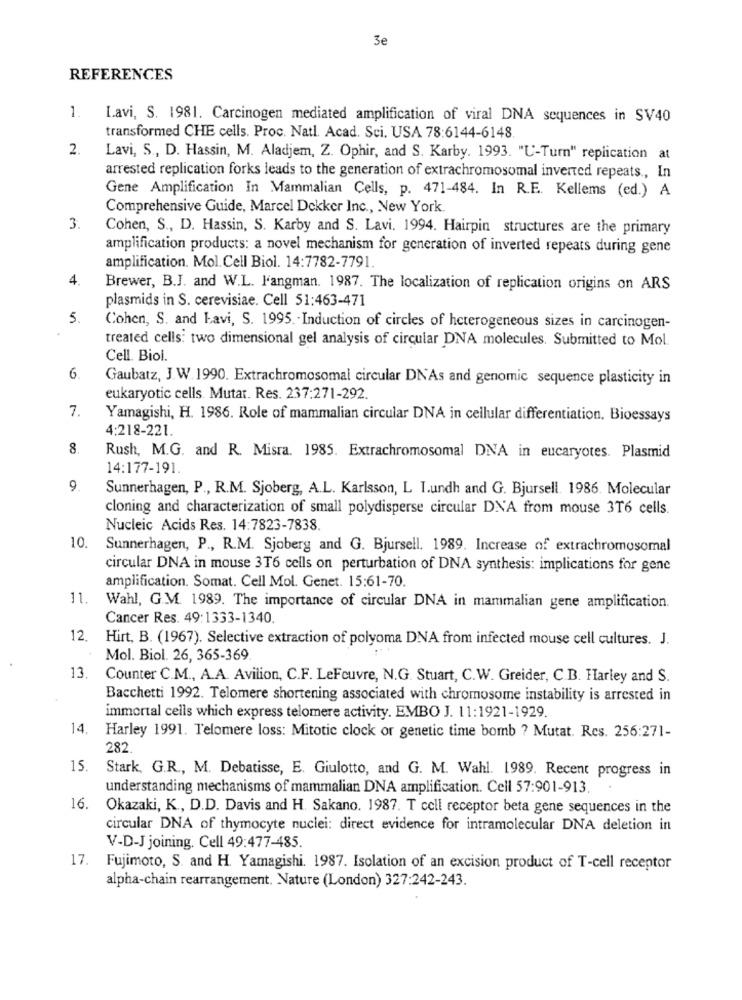
3e
REFERENCES
1.
Lavi, S. 1981. Carcinogen mediated amplification of viral DNA sequences in SV40
transformed CHE cells. Proc. Natl. Acad. Sci. USA 78:6144-6148
2.
Lavi, S ., D. Hassin, M. Aladjem, Z. Ophir, and S. Karby. 1993. "U-Turn" replication at
arrested replication forks leads to the generation of extrachromosomal inverted repeats ., In
Gene Amplification In Mammalian Cells, p. 471-484. In R.E. Kellems (ed.) A
Comprehensive Guide, Marcel Dekker Inc ., New York.
3.
Cohen, S ., D. Hassin, S. Karby and S. Lavi. 1994. Hairpin structures are the primary
amplification products: a novel mechanism for generation of inverted repeats during gene
amplification. Mol. Cell Biol. 14:7782-7791.
4.
Brewer, B.J. and W.L. l'angman. 1987. The localization of replication origins on ARS
plasmids in S. cerevisiae. Cell 51:463-471
5.
Cohen, S. and Lavi, S. 1995. Induction of circles of heterogeneous sizes in carcinogen-
treated cells: two dimensional gel analysis of circular DNA molecules. Submitted to Mol.
Cell. Biol.
6
Gaubatz, J.W.1990. Extrachromosomal circular DNAs and genomic sequence plasticity in
eukaryotic cells. Mutat. Res. 237:271-292.
7.
Yamagishi, H. 1986. Role of mammalian circular DNA in cellular differentiation. Bioessays
4:218-221.
8.
Rush, M.G. and R. Misra. 1985. Extrachromosomal DNA in eucaryotes. Plasmid
14:177-191.
9.
Sunnerhagen, P ., R.M. Sjoberg, A.L. Karlsson, L Lundh and G. Bjursell. 1986. Molecular
cloning and characterization of small polydisperse circular DNA from mouse 3T6 cells.
Nucleic Acids Res. 14:7823-7838.
10
Sunnerhagen, P ., R.M. Sjoberg and G. Bjursell. 1989. Increase of extrachromosomal
circular DNA in mouse 3T6 cells on perturbation of DNA synthesis: implications for gene
amplification. Somat. Cell Mol. Genet. 15:61-70.
11
Wahl, G.M. 1989. The importance of circular DNA in mammalian gene amplification.
Cancer Res. 49:1333-1340.
12.
Hirt, B. (1967). Selective extraction of polyoma DNA from infected mouse cell cultures. J.
Mol. Biol. 26, 365-369
13
Counter C.M ., A.A. Avilion, C.F. LeFeuvre, N.G. Stuart, C.W. Greider, C.B. Harley and S.
Bacchetti 1992. Telomere shortening associated with chromosome instability is arrested in
immortal cells which express telomere activity. EMBO J. 11:1921-1929.
14. Harley 1991. Telomere loss: Mitotic clock or genetic time bomb ? Mutat. Res. 256:271-
282.
15. Stark, G.R ., M. Debatisse, E. Giulotto, and G. M. Wahl. 1989. Recent progress in
understanding mechanisms of mammalian DNA amplification. Cell 57:901-913.
16.
Okazaki, K ., D.D. Davis and H. Sakano. 1987. T cell receptor beta gene sequences in the
circular DNA of thymocyte nuclei: direct evidence for intramolecular DNA deletion in
V-D-J joining. Cell 49:477-485.
17.
Fujimoto, S. and H. Yamagishi. 1987. Isolation of an excision product of T-cell receptor
alpha-chain rearrangement. Nature (London) 327:242-243.